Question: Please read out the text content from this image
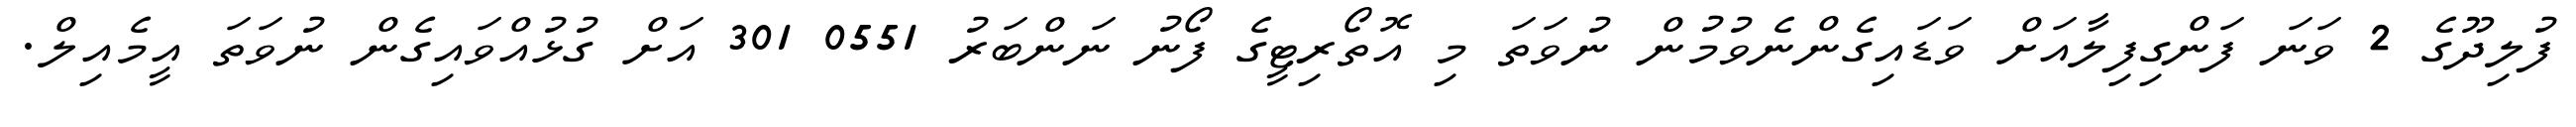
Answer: ފުލިދޫގެ 2 ވަނަ ފަންގިފިލާއަށް ވަޑައިގެންނެވުމުން ނުވަތަ މި އޮތޯރިޓީގެ ފޯނު ނަންބަރު 0551 301 އަށް ގުޅުއްވައިގެން ނުވަތަ އީމެއިލް.